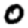
Digit: 0